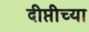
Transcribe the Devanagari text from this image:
दीप्तीच्या